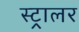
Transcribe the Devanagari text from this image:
स्ट्रालर